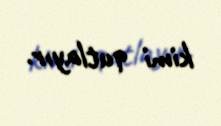
kimi qutlayır.